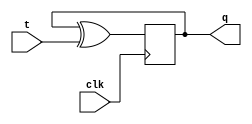
module t_flip_flop(
    input wire clk,
    input wire t,
    output reg q
);

reg d;

assign d = q ^ t;

always @(posedge clk) begin
    q <= d;
end

endmodule